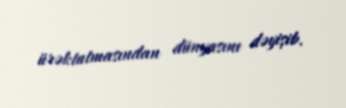
ürəktutmasından dünyasını dəyişib.